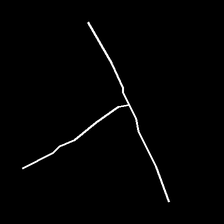
Glyph: column